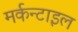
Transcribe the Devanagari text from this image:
मर्कन्टाइल